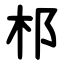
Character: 䢶